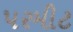
પરમીટ